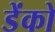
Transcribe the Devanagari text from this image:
डेंको